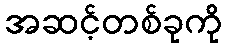
အဆင့်တစ်ခုကို